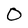
Character: 0